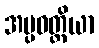
အပ္ပဝတ္တိယာ